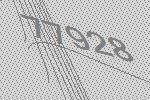
77928